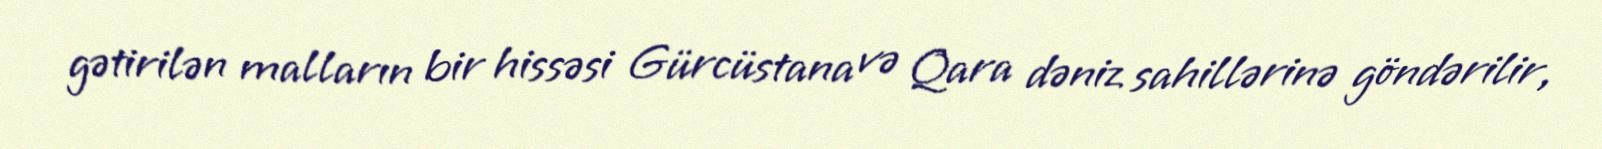
gətirilən malların bir hissəsi Gürcüstana və Qara dəniz sahillərinə göndərilir,